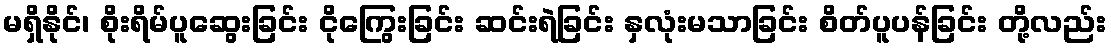
မရှိနိုင်၊ စိုးရိမ်ပူဆွေးခြင်း ငိုကြွေးခြင်း ဆင်းရဲခြင်း နှလုံးမသာခြင်း စိတ်ပူပန်ခြင်း တို့လည်း